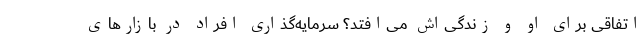
اتفاقی برای او و زندگی‌اش می‌افتد؟ سرمایه‌گذاری افراد در بازارهای